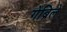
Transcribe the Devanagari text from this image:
गेब्रिले